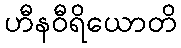
ဟီနဝီရိယောတိ